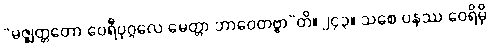
“မဇ္ဈတ္တတော ဝေရီပုဂ္ဂလေ မေတ္တာ ဘာဝေတဗ္ဗာ”တိ။ ၂၄၃။ သစေ ပနဿ ဝေရိမှိ